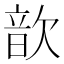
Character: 歆